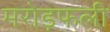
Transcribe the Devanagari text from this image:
मरोड़फली